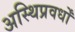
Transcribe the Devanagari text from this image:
अस्थिप्रवर्धों